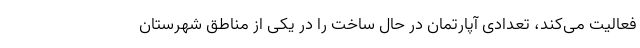
فعالیت می‌کند، تعدادی آپارتمان در حال ساخت را در یکی از مناطق شهرستان